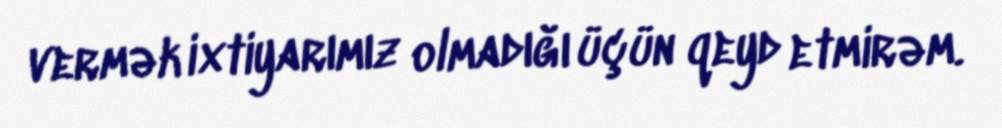
vermək ixtiyarımız olmadığı üçün qeyd etmirəm.